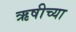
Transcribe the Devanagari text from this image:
ऋषीच्या